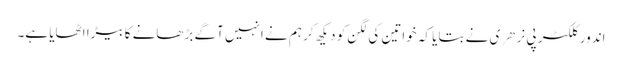
اندور کلکٹر پی نرهری نے بتایا کہ خواتین کی لگن کو دیکھ کر ہم نے انہیں آگے بڑھانے کا بیڑا اٹھایا ہے۔